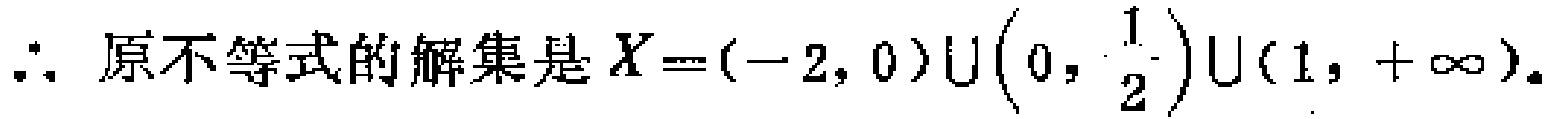
\(\therefore\) 原不等式的解集是 \(X = (-2, 0)\cup\left(0, \frac{1}{2}\right)\cup(1, +\infty)\)。